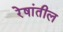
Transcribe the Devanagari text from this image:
रेषांतील